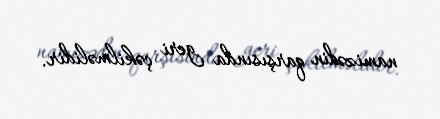
namizədin qarşısında geri çəkilməlidir.